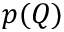
p ( Q )